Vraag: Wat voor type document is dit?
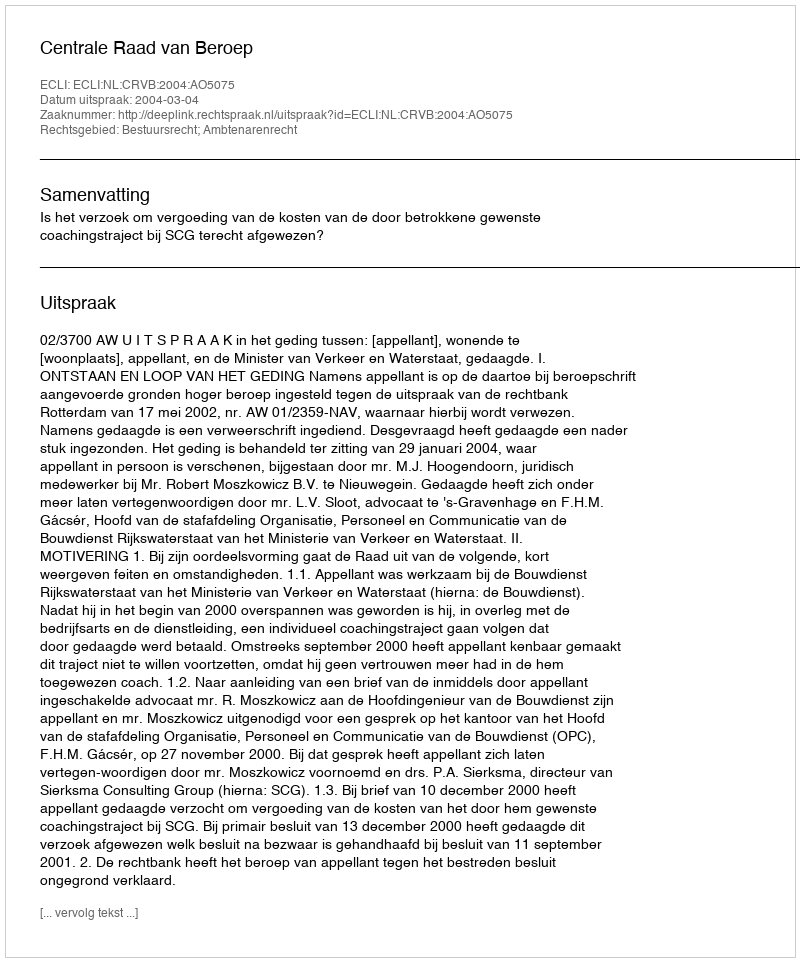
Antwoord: Uitspraak